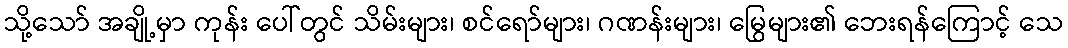
သို့သော် အချို့မှာ ကုန်း ပေါ်တွင် သိမ်းများ၊ စင်ရော်များ၊ ဂဏန်းများ၊ မြွေများ၏ ဘေးရန်ကြောင့် သေ